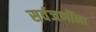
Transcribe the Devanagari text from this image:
सर्वजणींना